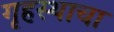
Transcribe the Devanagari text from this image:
गृहस्थाचा